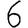
Digit: 6